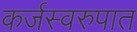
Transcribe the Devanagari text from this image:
कर्जस्वरुपात